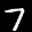
Label: 7